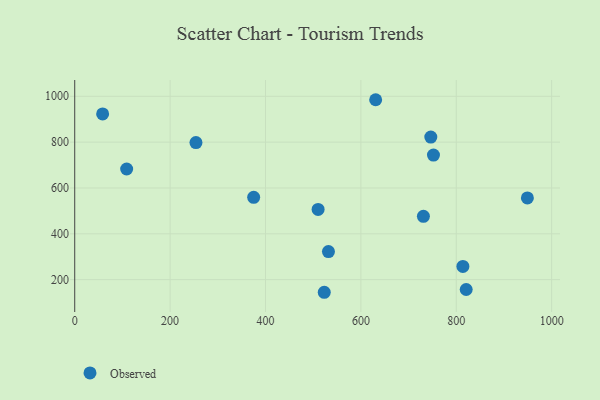
{"axis": {"x": "Speed", "y": "Profit"}, "legend": ["Observed"], "data": [{"x": "58.5", "y": 922.9, "type": "Observed"}, {"x": "631.0", "y": 985.0, "type": "Observed"}, {"x": "752.2", "y": 743.3, "type": "Observed"}, {"x": "949.1", "y": 556.5, "type": "Observed"}, {"x": "375.2", "y": 559.2, "type": "Observed"}, {"x": "532.0", "y": 322.4, "type": "Observed"}, {"x": "813.9", "y": 257.6, "type": "Observed"}, {"x": "820.8", "y": 157.1, "type": "Observed"}, {"x": "510.3", "y": 506.2, "type": "Observed"}, {"x": "746.6", "y": 822.0, "type": "Observed"}, {"x": "254.2", "y": 798.1, "type": "Observed"}, {"x": "108.9", "y": 682.8, "type": "Observed"}, {"x": "731.1", "y": 476.2, "type": "Observed"}, {"x": "523.2", "y": 144.9, "type": "Observed"}]}